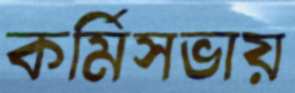
কর্মিসভায়